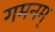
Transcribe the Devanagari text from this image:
गमनम्